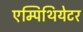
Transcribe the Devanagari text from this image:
एम्पिथियेटर